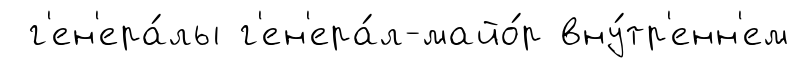
г'ен'ера́лы г'ен'ера́л-майо́р вну́тр'енн'ем